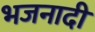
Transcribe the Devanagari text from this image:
भजनादी